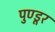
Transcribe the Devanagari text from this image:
पुण्डूर